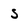
Character: s